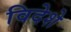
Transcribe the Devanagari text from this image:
विदेशे